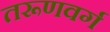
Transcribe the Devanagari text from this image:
तरूणवर्ग